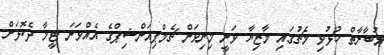
މުބާރާތް ހުޅުވި މެޗުގައި މާޒިޔާ ވަނީ މިނިވަން ޗެމްޕިއަންޝިޕްގެ އެއްވަނަ ޓީމާ ދެކޮޅަށް